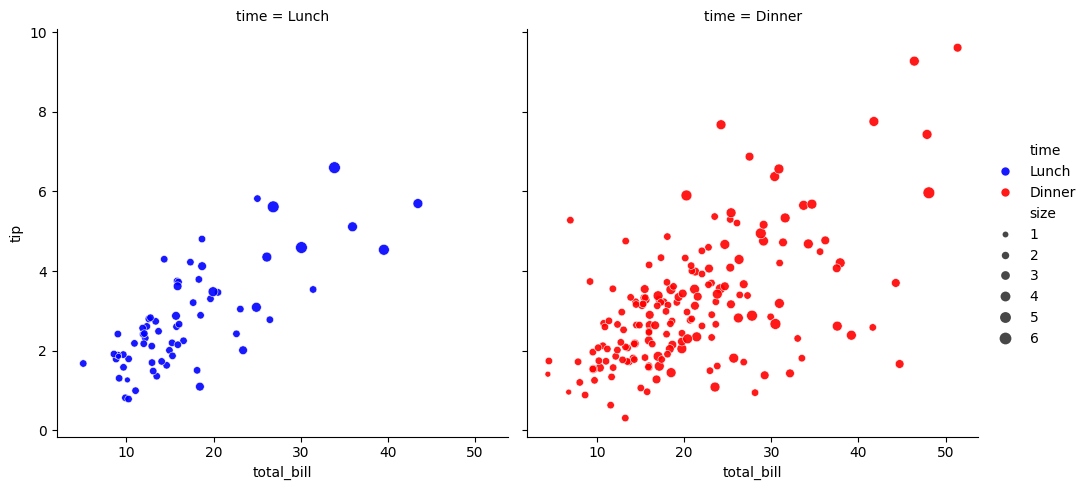
python, seaborn, relplot, alpha=0.9